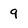
Character: 9